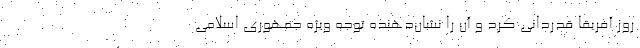
روز آفریقا قدردانی کرد و ‌آن را نشان‌دهنده توجه ویژه جمهوری اسلامی